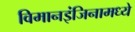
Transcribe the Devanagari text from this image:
विमानइंजिनामध्ये